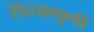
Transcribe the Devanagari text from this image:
सत्त्वगुणी